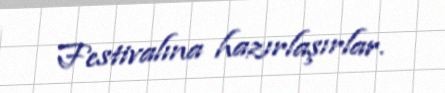
Festivalına hazırlaşırlar.